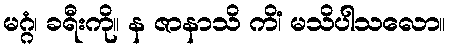
မဂ္ဂံ၊ ခရီးကို။ န ဇာနာသိ ကိံ၊ မသိပါသလော။